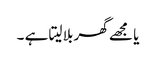
یا مجھے گھر بلا لیتا ہے ۔